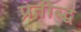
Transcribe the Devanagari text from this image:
प्रतीब्द्ध